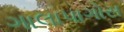
ગાલાપાગોસ